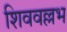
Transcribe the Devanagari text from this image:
शिववल्लभ